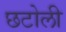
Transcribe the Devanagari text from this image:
छटोली